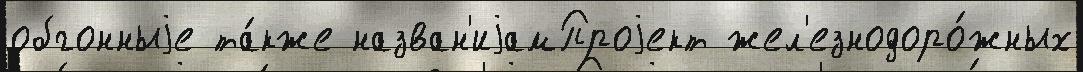
обгонныjе та́кже назван'иjамПроjект жел'езнодоро́жных